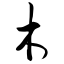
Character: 木